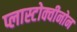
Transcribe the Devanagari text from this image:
प्लास्टोक्वीनोन